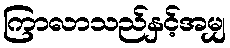
ကြာလာသည်နှင့်အမျှ